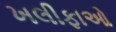
ખલીફાઓ